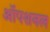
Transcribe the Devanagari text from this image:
ऑपशनल